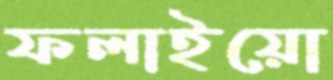
ফলাইয়ো